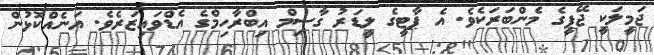
ޖަމީލަކީ ޖޭޕީގެ މެންބަރަކެވެ. އެ ޕާޓީގެ ލީޑަރު ގާސިމް އިބްރާހިމްގެ އެޑްވައިޒަރެވެ. އަނެއްކޮޅުން